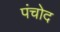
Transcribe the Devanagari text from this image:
पंचोद